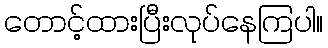
တောင့်ထားပြီးလုပ်နေကြပါ။